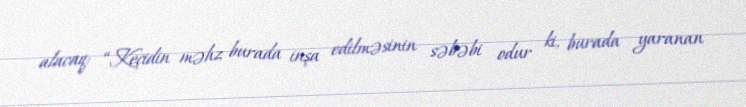
alacaq: “Keçidin məhz burada inşa edilməsinin səbəbi odur ki, burada yaranan